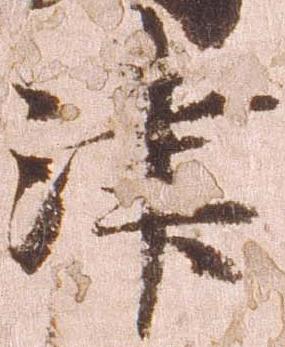
津